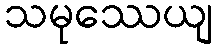
သမုဿေယျ